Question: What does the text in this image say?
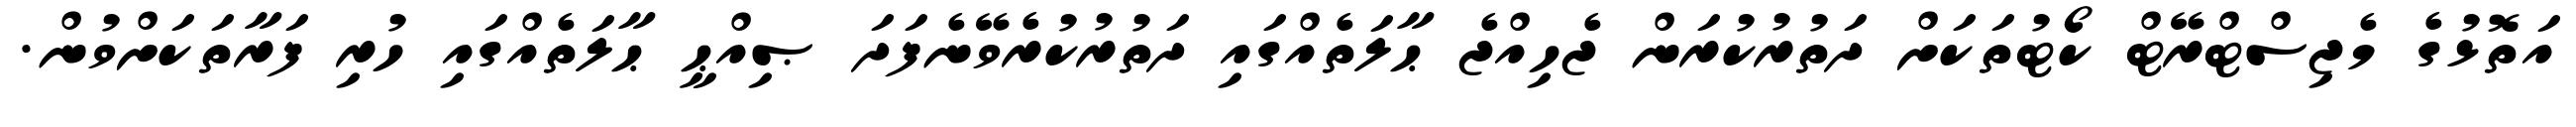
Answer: އަތޮޅުގެ މެޖިސްޓްރޭޓް ކޯޓުތަކަށް ދަތުރުކުރަން ޖެހިއްޖެ ޙާލަތެއްގައި ދަތުރުކުރެވޭނެފަދަ ޞިއްޙީ ޙާލަތެއްގައި ހުރި ފަރާތަކަށްވުން.